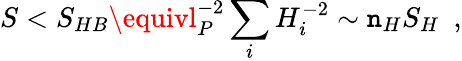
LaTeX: S<S_{HB}\equivl_{P}^{-2}\sum_{i}H_{i}^{-2}\sim\mathtt{n}_{H}S_{H}~~,